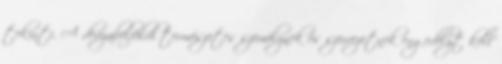
tekinti. A devizabelföldi természetes személynek és szervezetnek engedélyt kell